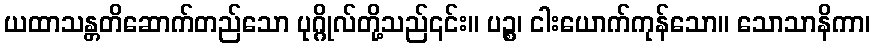
ယထာသန္တတိဆောက်တည်သော ပုဂ္ဂိုလ်တို့သည်၎င်း။ ပဉ္စ၊ ငါးယောက်ကုန်သော။ သောသာနိကာ၊